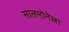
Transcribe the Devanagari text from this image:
सालमोनेल्ला